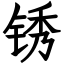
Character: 锈